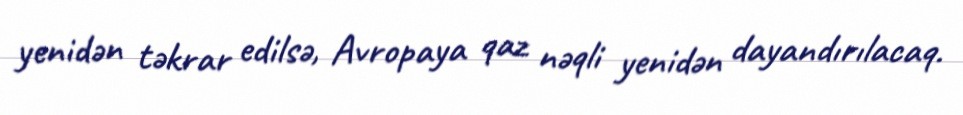
yenidən təkrar edilsə, Avropaya qaz nəqli yenidən dayandırılacaq.